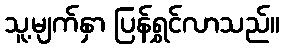
သူ့မျက်နှာ ပြန်ရွှင်လာသည်။